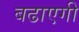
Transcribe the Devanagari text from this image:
बढाएगी